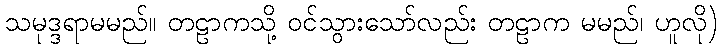
သမုဒ္ဒရာမမည်။ တဠာကသို့ ဝင်သွားသော်လည်း တဠာက မမည်၊ ဟူလို)